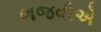
ભજવીએ